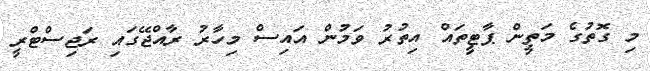
މި ގޮތުގެ މަތީން ޕާޓީތައް އިތުރު ވަމުން އައިސް މިހާރު ރާއްޖޭގައި ރަޖިސްޓްރީ